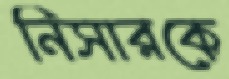
নিসারকে